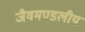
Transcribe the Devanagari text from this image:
जैवमण्डलीय